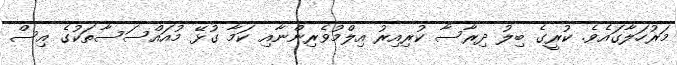
މަރުހަލާގައެވެ. ކުރީގެ ބިލު ދިރާސާ ކުރިއިރު އިލްމުވެރިންނާއި ކަމާ ގުޅޭ މުއައްސަސާތަކުގެ އިސް